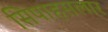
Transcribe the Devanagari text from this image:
सिपाहसलार